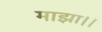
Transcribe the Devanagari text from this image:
माझा।।